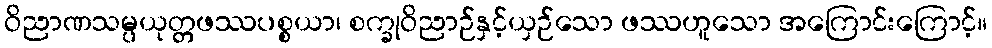
ဝိညာဏသမ္ပယုတ္တဖဿပစ္စယာ၊ စက္ခုဝိညာဉ်နှင့်ယှဉ်သော ဖဿဟူသော အကြောင်းကြောင့်။